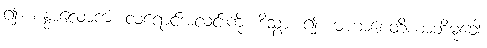
၍။ စန္ဒာလောကံ၊ လရောင်အလင်းကို။ ဒိသွာ၊ ၍။ မဟာစေတိယာဘိမုခေါ၊